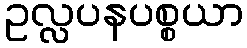
ဥလ္လပနပစ္စယာ